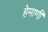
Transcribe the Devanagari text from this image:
हेमाणी